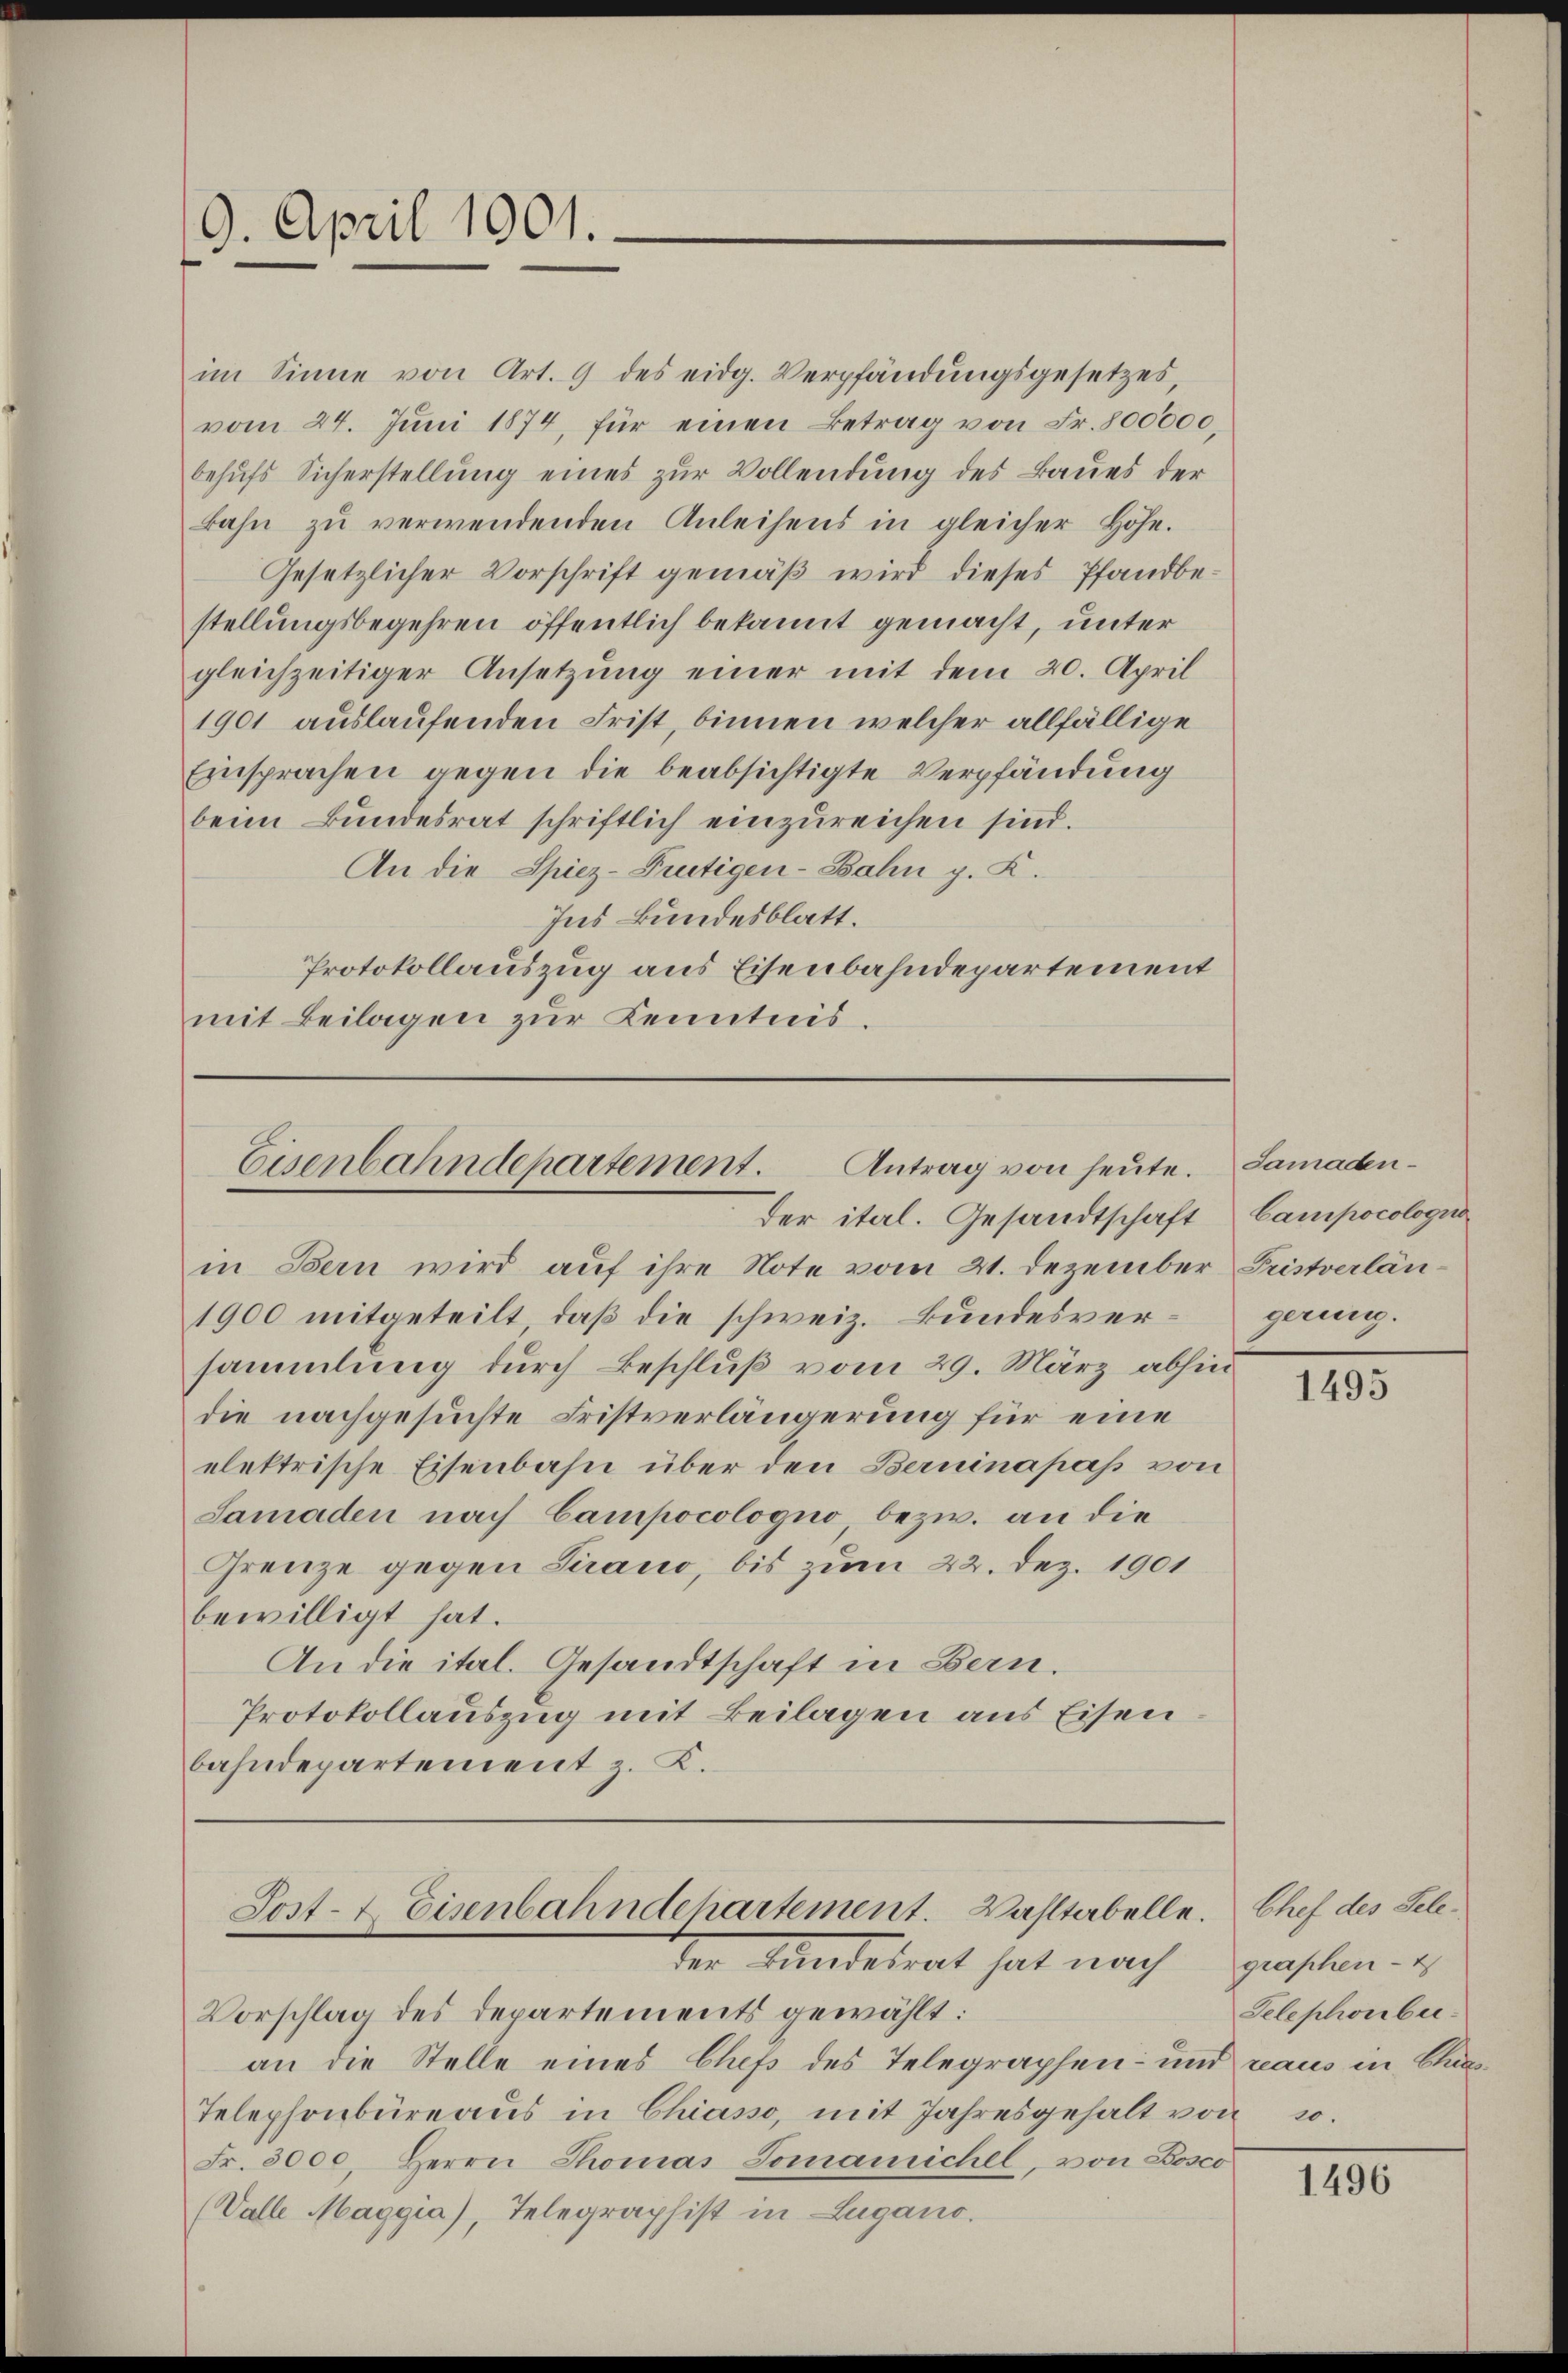
19. April 1901.

im Sinne von Art. 9 des eidg. Verpfändungsgesetzes
vom 24. Juni 1874, für einen Betrag von Fr. 800000
behufs Sicherstellung eines zur Vollendung des Baues der
Bahn zŭ verwendenden Anleihens in gleicher Höhe.
Gesetzlicher Vorschrift gemäß wird dieses Pfandbestellungsbegehren öffentlich bekannt gemacht, unter
gleichzeitiger Ansetzŭng einer mit dem 20. April
1901 auslaufenden Frist, binnen welcher allfällige
Einsprachen gegen die beabsichtigte Verpfändung
beim Bundesrat schriftlich einzureichen sind.
An die Spiez-Frutigen-Bahn g. K.
Ins Bundesblatt.
Protokollauszug aus Eisenbahndepartement
mit Beilagen zŭr Kenntnis.

Eisenbahndepartement. Antrag von heute.
Der ital. Gesandtschaft Campocologus

in Bern wird auf ihre Note vom 21. Dezember Fristverlän¬
1900 mitgeteilt, daß die schweiz. Bundesversammlung durch Beschluß vom 29. März abhin
die nachgesuchte Fristverlängerung für eine
elektrische Eisenbahn über den Berninapas von
Samaden nach Campocologno, bezw. an die
Grenze gegen Strano, bis zum 22. Dez. 1901
bewilligt hat.
An die ital. Gesandtschaft in Bern.
Protokollauszug mit Beilagen aus Eisen
bahndepartement z. K.

Post-7 Eisenbahndchartement. Wahltabelle. Chef des Seleder Kindesrat hat nach geschen.

Vorschlag des Departements gewählt:
an die Stelle eines Chefs des Telegraphen- und raus in Chas¬
Telephonbüreaŭs in Chiasso, mit Jahresgehalt von 20.
Fr. 3000. Herrn Thomas Tomanichel, von Bosco
(Valle Maggia), Telegraphist in Lugano.

Samadengerung.

1495

Telephonber-

1496